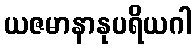
ယဇမာနာနုပရိယဂါ